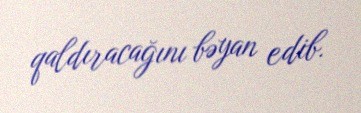
qaldıracağını bəyan edib.